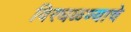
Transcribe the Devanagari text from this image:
विरघळण्याचे